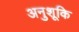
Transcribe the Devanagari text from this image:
अनुशूकि